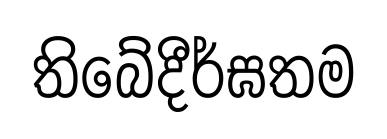
තිබේදීර්ඝතම